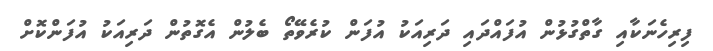
ފިރިހެނަކާއި ގާތްގުޅުން އުފައްދައި ދަރިއަކު އުފަން ކުރެވޭތޯ ބެލުން އެގޮތުން ދަރިއަކު އުފަންކޮށް